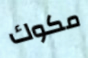
مكوك